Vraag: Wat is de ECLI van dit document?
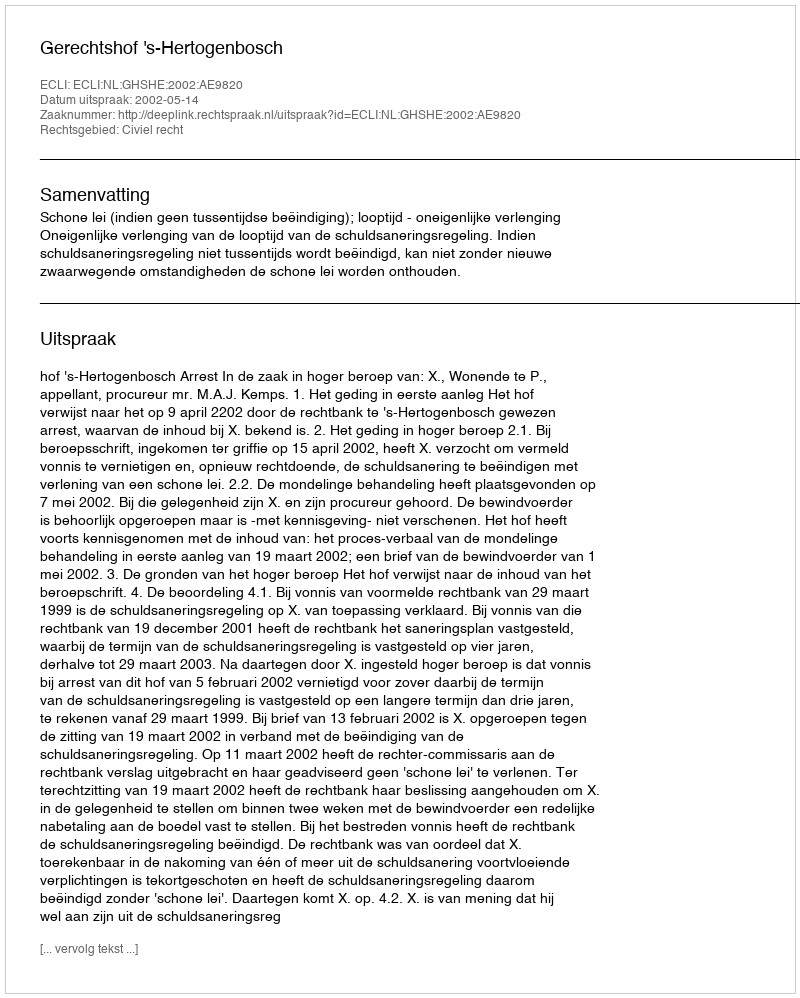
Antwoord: ECLI:NL:GHSHE:2002:AE9820